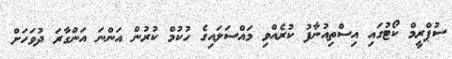
ސުޕްރީމް ކޯޓުގައި އިސްތިއުނާފު ކުރެއްވި މައްސަލައިގެ ހުކުމް ކުރުން އަންނަ އަންގާރަ ދުވަހަށް